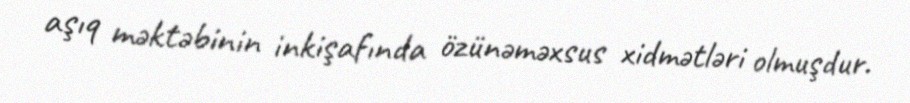
aşıq məktəbinin inkişafında özünəməxsus xidmətləri olmuşdur.